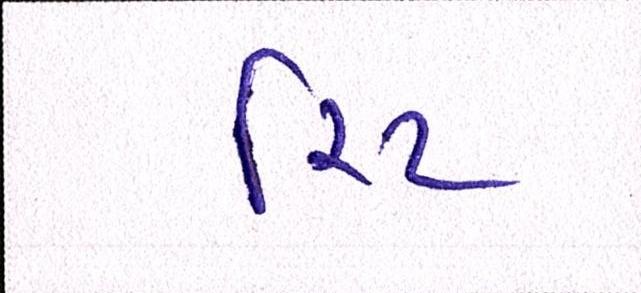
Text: રિટ